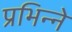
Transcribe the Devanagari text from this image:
प्रभिन्ने